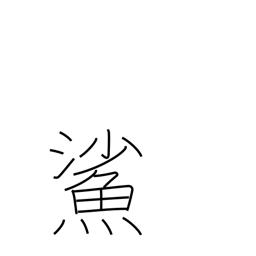
Meaning: goby (fish)